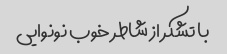
با تشکر از شاطر خوب نونوایی